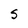
Character: S